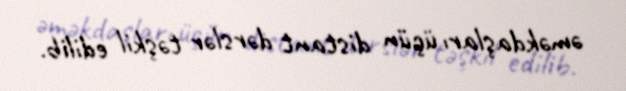
əməkdaşları üçün distant dərslər təşkil edilib.